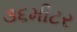
૩૬મીટર